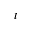
t